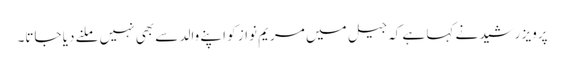
پرویز رشید نے کہا ہے کہ جیل میں مریم نواز کو اپنے والد سے بھی نہیں ملنے دیا جاتا۔